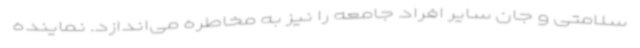
سلامتی و جان سایر افراد جامعه را نیز به مخاطره می‌اندازد. نماینده